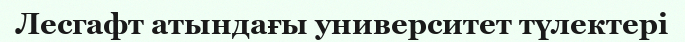
Лесгафт атындағы университет түлектері